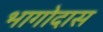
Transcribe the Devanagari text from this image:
भागोदास